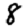
Digit: 8